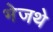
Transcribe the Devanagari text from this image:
भेजथे